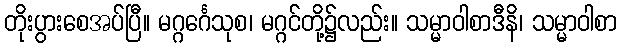
တိုးပွားစေအပ်ပြီ။ မဂ္ဂင်္ဂေသုစ၊ မဂ္ဂင်တို့၌လည်း။ သမ္မာဝါစာဒီနိ၊ သမ္မာဝါစာ